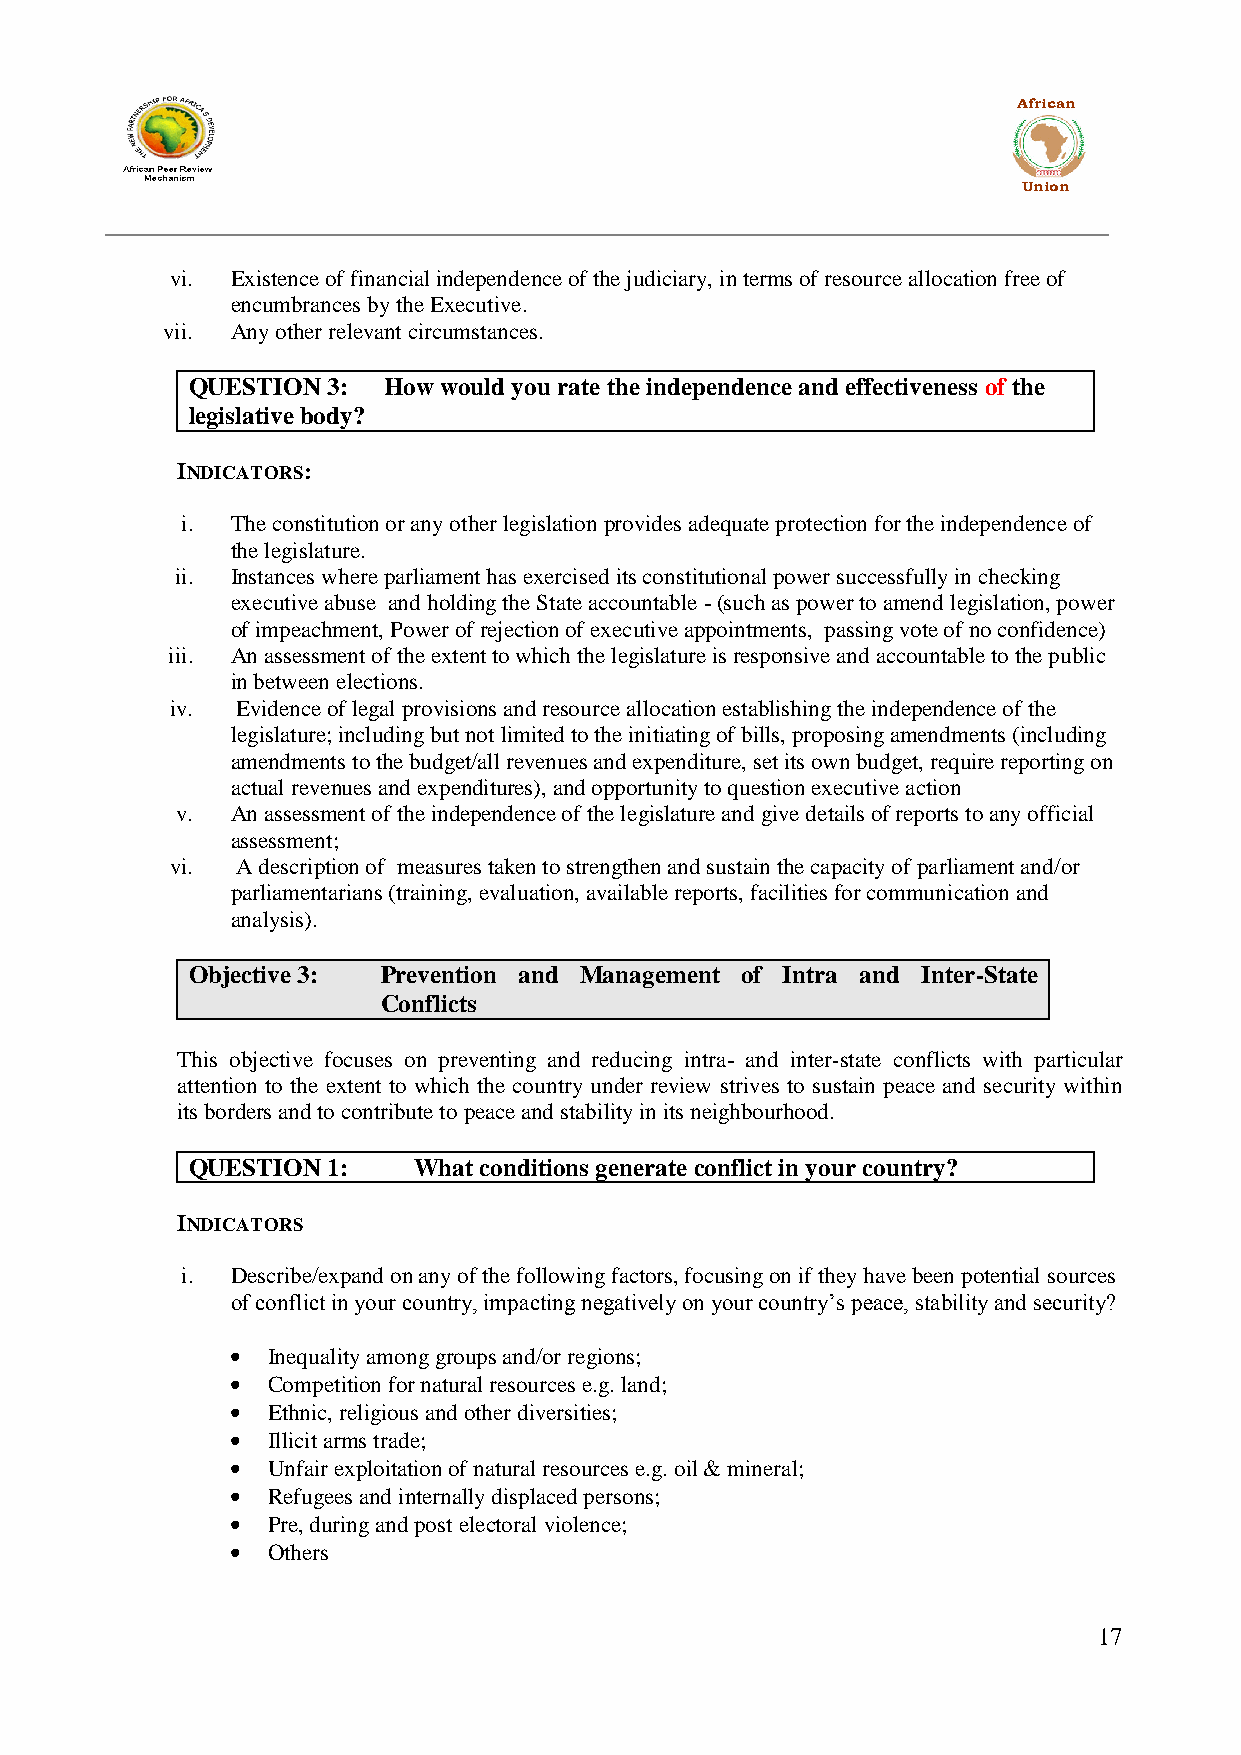
African
 Union
 vi. Existence of financial independence of the judiciary, in terms of resource allocation free of
 encumbrances by the Executive.
 vii. Any other relevant circumstances.
 QUESTION  3: How would you rate the independence and effectiveness of the
 legislative body?
 INDICATORS:
 i. The constitution or any other legislation provides adequate protection for the independence of
 the legislature.
 ii. Instances where parliament has exercised its constitutional power successfully in checking
 executive abuse and holding the State accountable - (such as power to amend legislation, power
 of impeachment, Power of rejection of executive appointments, passing vote of no confidence)
 iii. An assessment of the extent to which the legislature is responsive and accountable to the public
 in between elections.
 iv.  Evidence of legal provisions and resource allocation establishing the independence of the
 legislature; including but not limited to the initiating of bills, proposing amendments (including
 amendments to the budget/all revenues and expenditure, set its own budget, require reporting on
 actual revenues and expenditures), and opportunity to question executive action
 v. An assessment of the independence of the legislature and give details of reports to any official
 assessment;
 vi.  A description of measures taken to strengthen and sustain the capacity of parliament and/or
 parliamentarians (training, evaluation, available reports, facilities for communication and
 analysis).
 Objective 3: Prevention and Management of Intra and Inter-State
 Conflicts
 This objective focuses on preventing and reducing intra- and inter-state conflicts with particular
 attention to the extent to which the country under review strives to sustain peace and security within
 its borders and to contribute to peace and stability in its neighbourhood.
 QUESTION  1:   What conditions generate conflict in your country?
 INDICATORS
 i. Describe/expand on any of the following factors, focusing on if they have been potential sources
 of conflict in your country, impacting negatively on your country‟s peace, stability and security?
 Inequality among groups and/or regions;
 Competition for natural resources e.g. land;
 Ethnic, religious and other diversities;
 Illicit arms trade;
 Unfair exploitation of natural resources e.g. oil & mineral;
 Refugees and internally displaced persons;
 Pre, during and post electoral violence;
 Others
 17